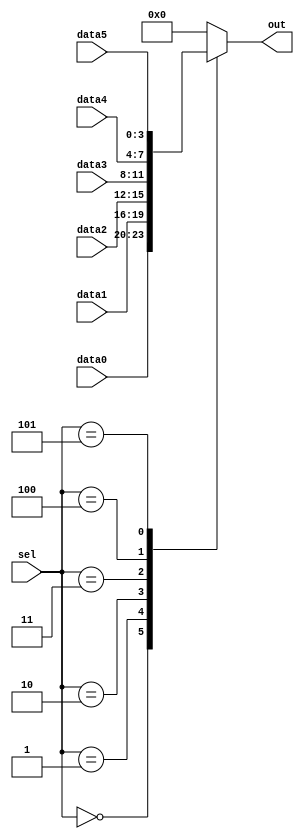
module top_module ( 
    input [2:0] sel, 
    input [3:0] data0,
    input [3:0] data1,
    input [3:0] data2,
    input [3:0] data3,
    input [3:0] data4,
    input [3:0] data5,
    output reg [3:0] out   );//
    always@(*) begin  // This is a combinational circuit
        case(sel)
            3'd0: out = data0;
            3'd1: out = data1;
            3'd2: out = data2;
            3'd3: out = data3;
            3'd4: out = data4;
            3'd5: out = data5;
            default: out = 3'b0;
        endcase
    end

endmodule